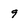
Character: 9